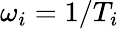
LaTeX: \omega_{i}=1/T_{i}